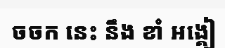
ចចក នេះ នឹង ខាំ អង្គៀ